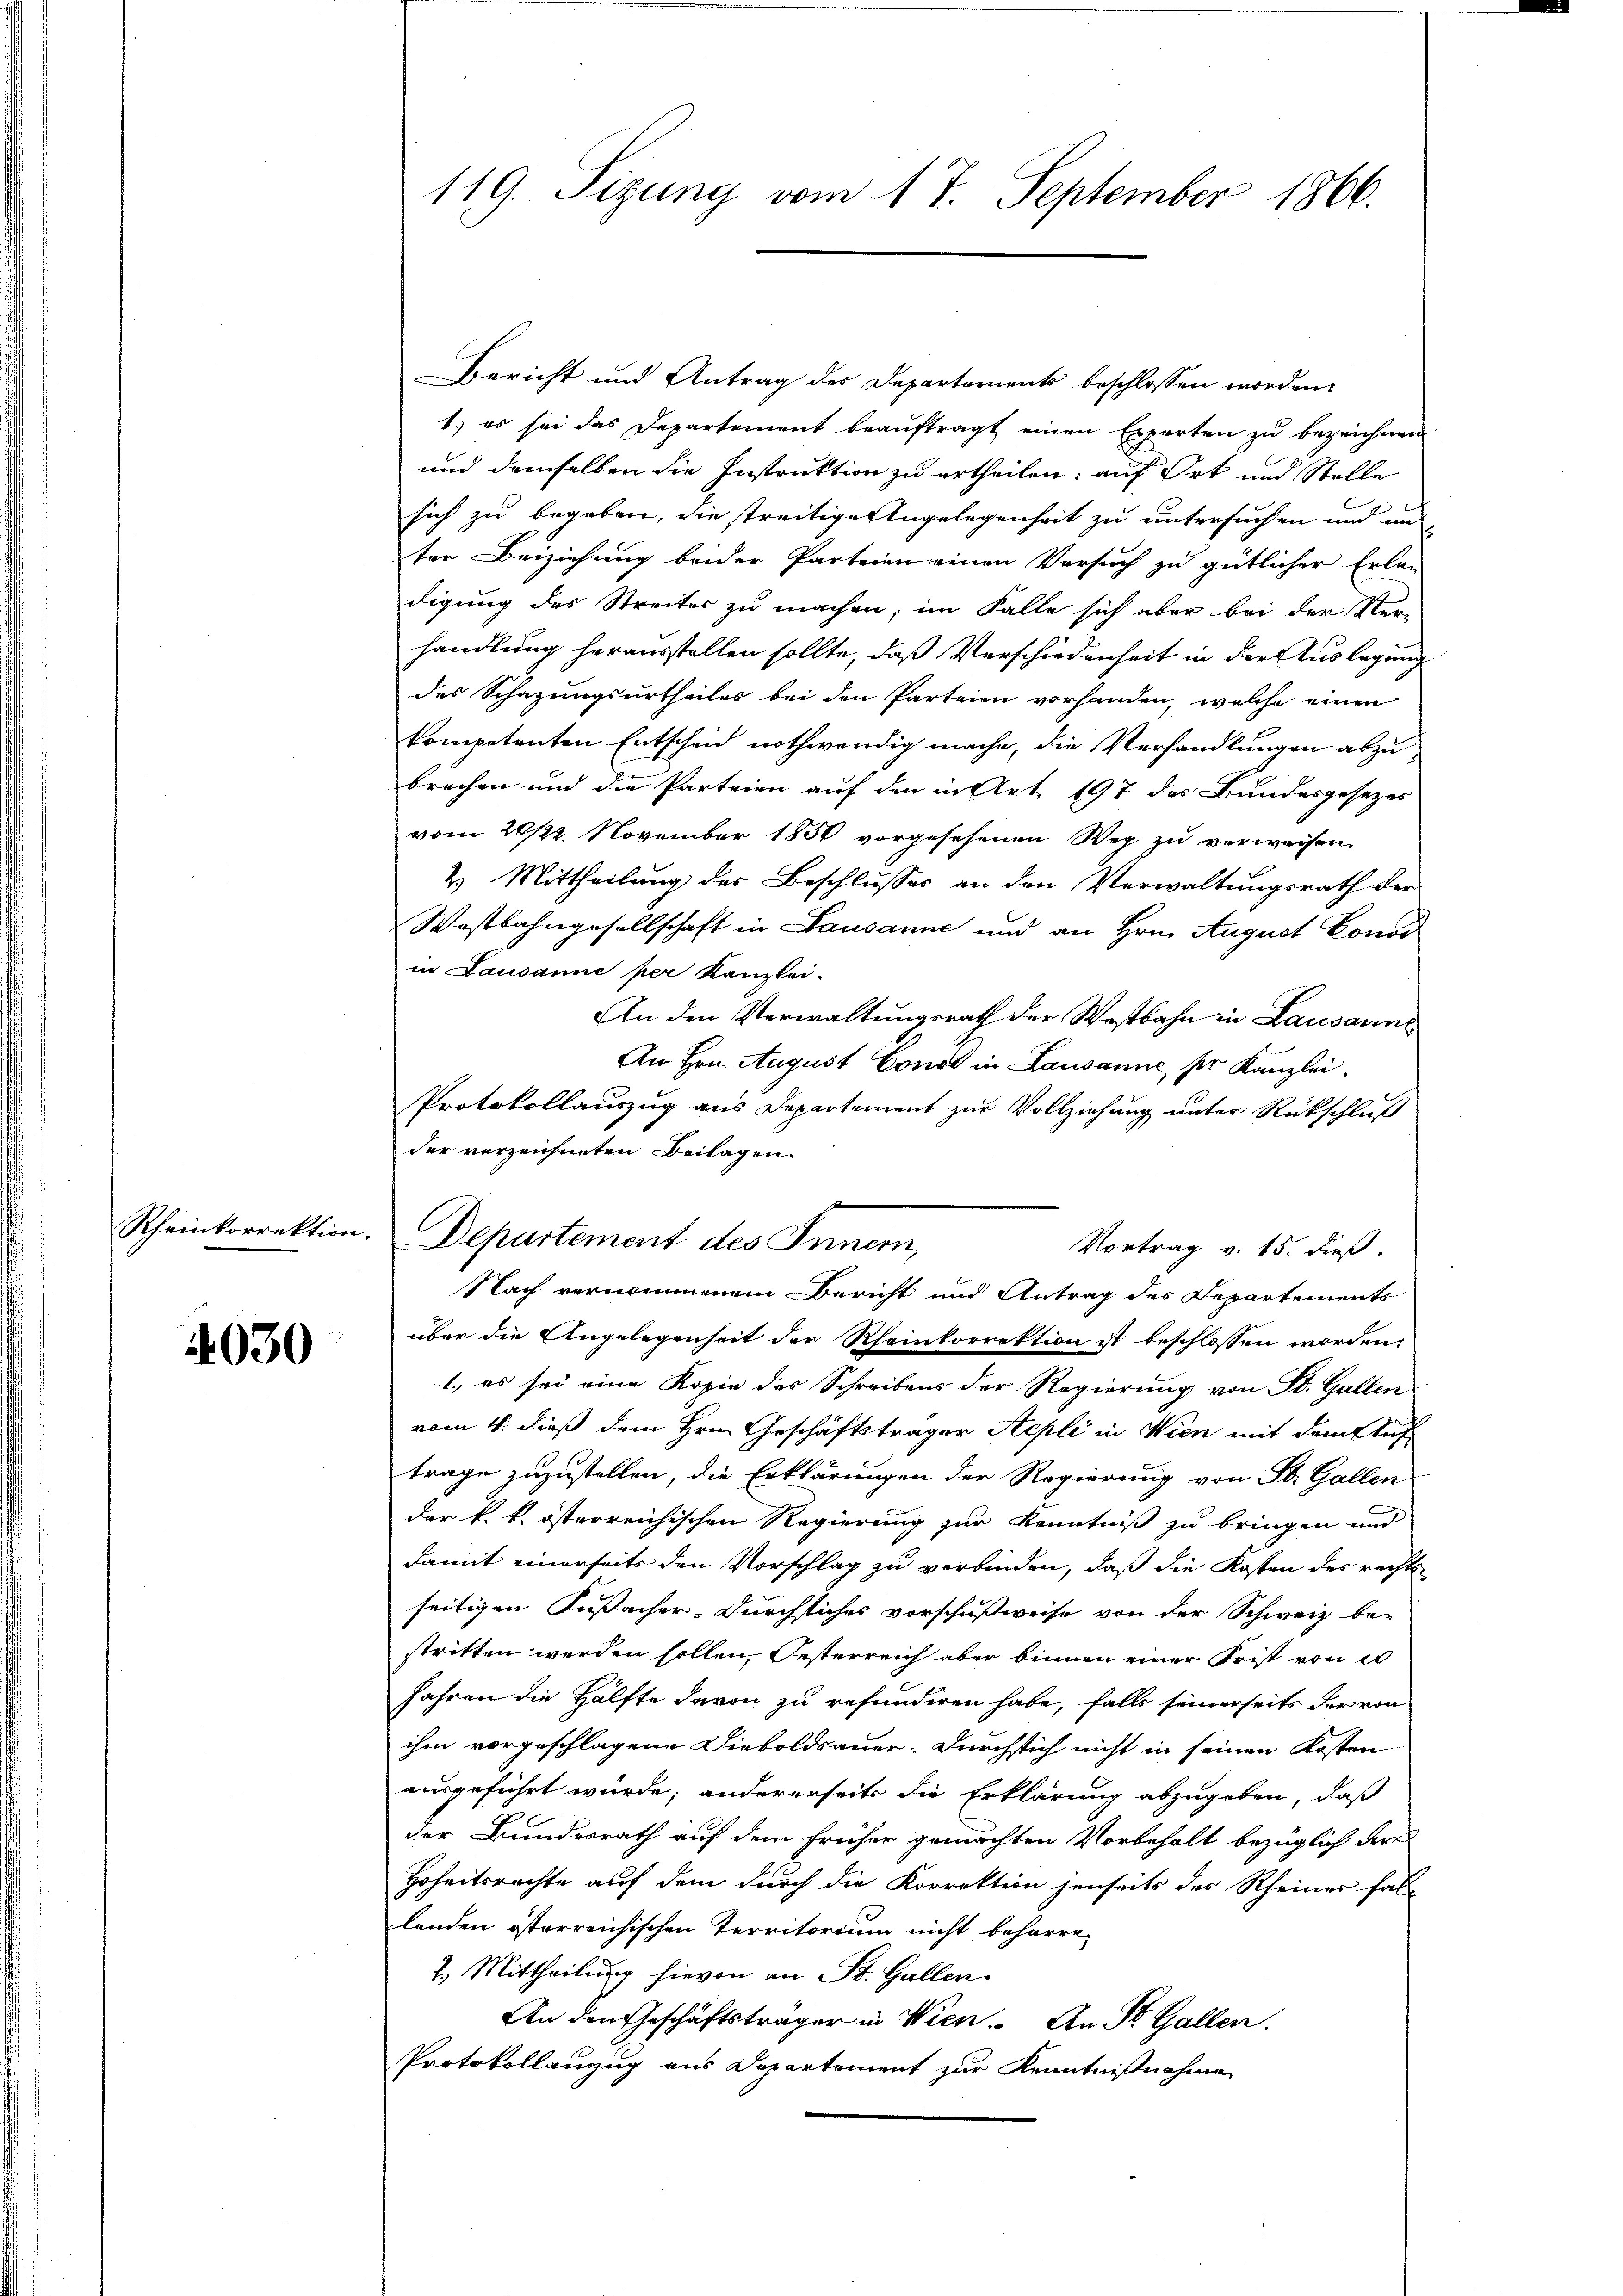
4030

119. Sizung vom 17. September 1866.

Bericht und Antrag des Departaments beschlossen worden.
1.) es sei das Departement beauftragt einen Experten zu bezeichnen
und demselben die Instruktion zu ertheilen; auf Ort und Stelle
sich zu begeben, die streitige Angelegenheit zu untersuchen und un
ter Beiziehung beider Parteien einen Versuch zu gütlicher Erlan
digung des Streites zu machen, im Falle sich aber bei der Ver-
handlung herausstellen sollte, daß Verschiedenheit in der Auslegung
des Schazungsurtheiles bei den Parteien vorhanden, welche einen
kompetenten Entscheid nothwendig mache, die Verhandlungen abzubrechen und die Parteien auf den in Art. 197 des Bundesgesezes
vom 28/29. November 1850 vorgesehenen Weg zu verweisen,
2. Mittheilung des Beschlusses an den Verwaltungsrath der
Wostbahngesellschaft in Lausanne und an Hrn. August Conor
in Lausanne per Kanzlei-
An den Verwaltungsrath der Westbahn in Lausanne
An Hrn. August Const in Lausanne per Kanzlei.
Protokollauszug aus Departement zur Vollziehung unter Rückschluß
der verzeichneten Beilagen.
Vortrag v. 15. dieß.
über die Engelegenheit der Rheinkorrektion ist beschlossen worden,
1., es sei eine Kopie des Schreibens der Regierung von St. Gallen
vom 4. dieß dem Hrn. Geschäftsträger Stepli in Wien mit dem Klas
trage zuzustellen, die Erklärungen der Regierung von St. Gallen
der k. k. österreichischen Regierung zur Kenntniß zu bringen und
damit einerseits den Vorschlag zu verbinden, daß die Kosten des recht
seitigen Fußsacher-Durchliches vorschußweise von der Schweiz be-
stritten werden sollen, Oesterreich aber binnen einer Frist von er
Jahren die Hälfte davon zu refunderen habe, falls seinerseits der von
ihm vorgeschlagene Dieboldsauer. Durchsich nicht in seinen Kosten
ausgeführt würde; andererseits die Erklärung abzugeben, daß
der Bundesrath auf dem früher gemachten Vorbehalt bezüglich der
Hoheitsrechte auf dem durch die Korrektion jenseits des Rheines fall
lenden österreichischen Territorium nicht beharre,
2. Mittheilung hievon an St. Gallen.
An den Geschäftsträger in Wien. An St. Gallen.
Protokollanzug aus Departement zur Kenntnißnahme

Rheinkorrektion. Departement des Innern,
Nach vernommenem Bericht und Antrag des Departements